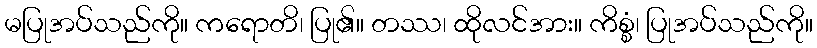
မပြုအပ်သည်ကို။ ကရောတိ၊ ပြု၏။ တဿ၊ ထိုလင်အား။ ကိစ္စံ၊ ပြုအပ်သည်ကို။